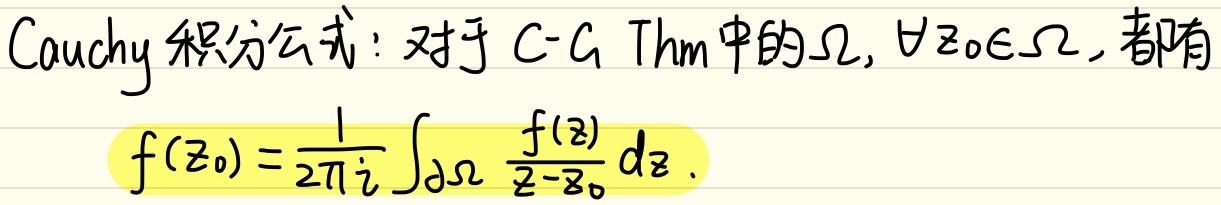
Cauchy积分公式：对于C - G Thm中的$\Omega$，$\forall z_0\in\Omega$，都有
\[f(z_0)=\frac{1}{2\pi i}\int_{\partial\Omega}\frac{f(z)}{z - z_0}dz.\]